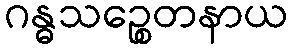
ဂန္ဓသဉ္စေတနာယ